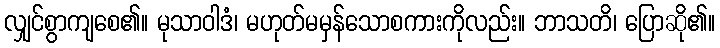
လျှင်စွာကျစေ၏။ မုသာဝါဒံ၊ မဟုတ်မမှန်သောစကားကိုလည်း။ ဘာသတိ၊ ပြောဆို၏။